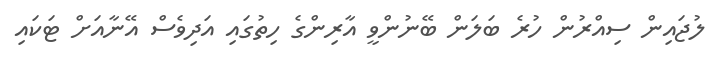
ލުޖައިން ސިއްރުން ހުރެ ބަލަން ބޭނުންވީ އާރިންގެ ހިތުގައި އަދިވެސް އޭނާއަށް ޓަކައި